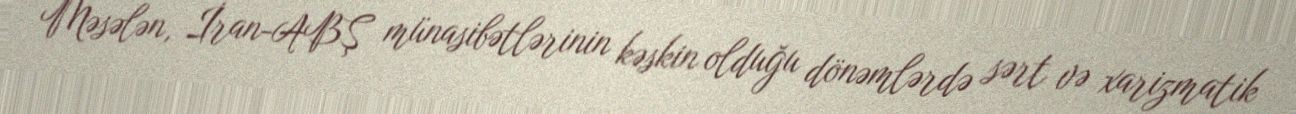
Məsələn, İran-ABŞ münasibətlərinin kəskin olduğu dönəmlərdə sərt və xarizmatik